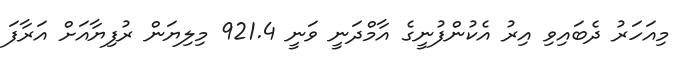
މިއަހަަރު ދެބައިވި އިރު އެކުންފުނީގެ އާމްދަނީ ވަނީ 921.4 މިލިޔަން ރުފިޔާއަށް އަރާފަ